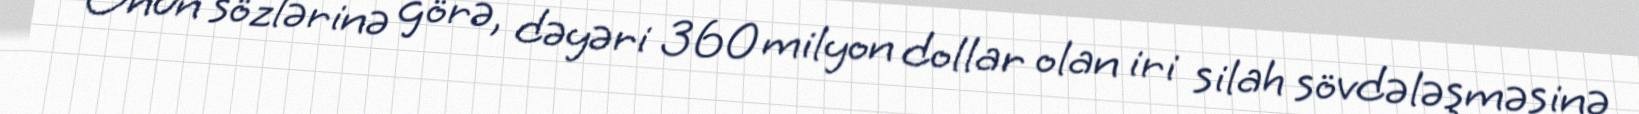
Onun sözlərinə görə, dəyəri 360 milyon dollar olan iri silah sövdələşməsinə